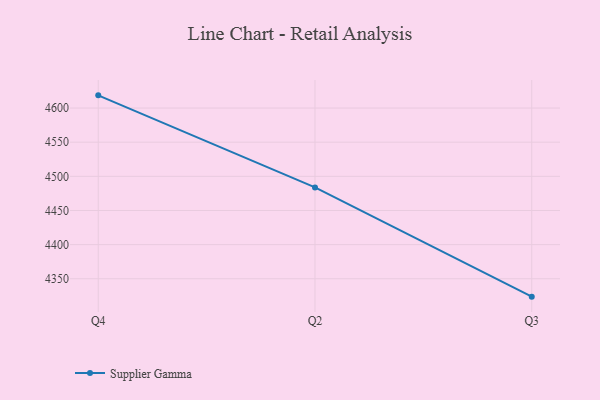
{"axis": {"x": "Quarter", "y": "Waste Production (Tons)"}, "legend": ["Supplier Gamma"], "data": [{"x": "Q4", "y": 4618.6, "type": "Supplier Gamma"}, {"x": "Q2", "y": 4483.8, "type": "Supplier Gamma"}, {"x": "Q3", "y": 4323.8, "type": "Supplier Gamma"}]}